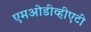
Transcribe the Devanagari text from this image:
एमओडीव्हीएटी